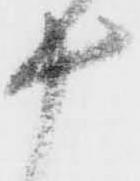
十